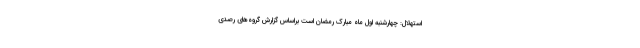
استهلال: چهارشنبه اول ماه مبارک رمضان است براساس گزارش گروه‌های رصدی